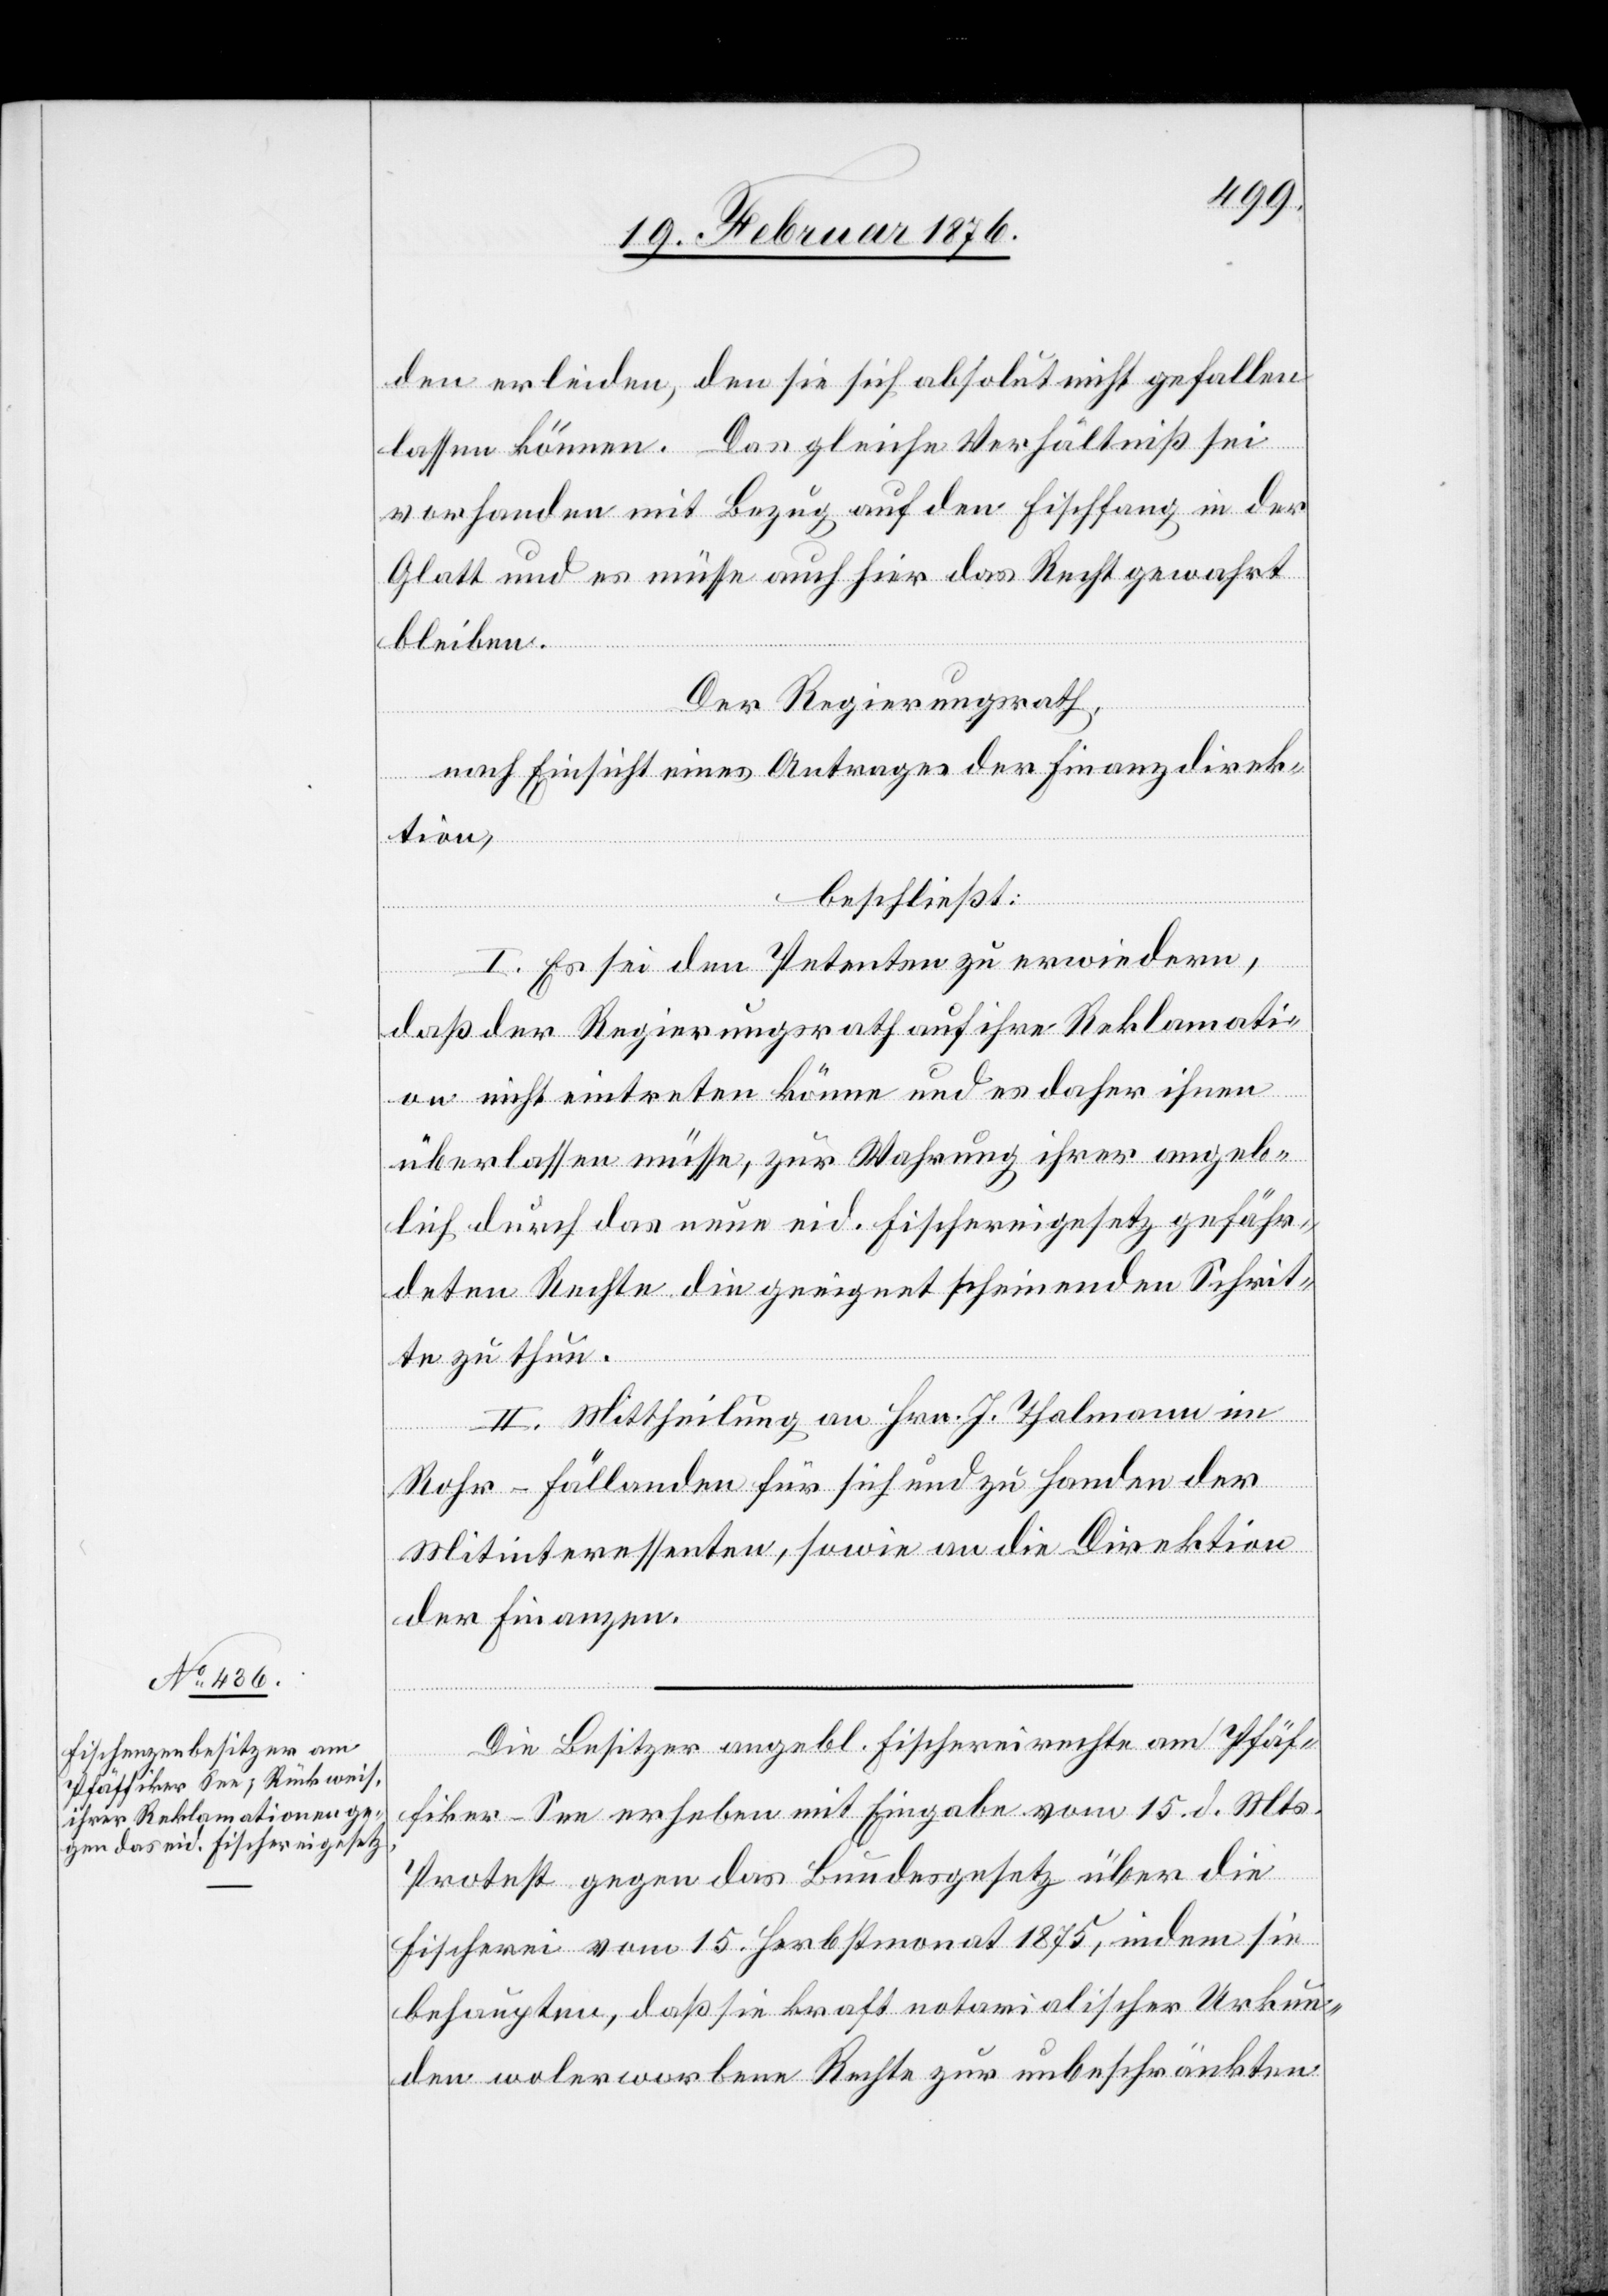
den erleiden, den sie sich absolut nicht gefallen
lassen können. Das gleiche Verhältniß sei
vorhanden mit Bezug auf den Fischfang in der
Glatt und es müsse auch hier das Recht gewahrt
bleiben.
Der Regierungsrath,
nach Einsicht eines Antrages der Finanzdirek¬
tion,
beschließt:
I. Es sei den Petenten zu erwiedern,
daß der Regierungsrath auf ihre Reklamati¬
on nicht eintreten könne und es daher ihnen
überlassen müsse, zur Wahrung ihrer angeb¬
lich durch das neue eid. Fischereigesetz gefähr¬
deten Rechte die geeignet scheinenden Schrit¬
te zu thun.
II. Mittheilung an Hr. J. Thalmann im
Rohr-Fällanden für sich und zu Handen der
Mitinteressenten, sowie an die Direktion
der Finanzen.
Die Besitzer angebl. Fischereirechte am Pfäf¬
fiker-See erheben mit Eingabe vom 15. d. Mts.
Protest gegen das Bundesgesetz über die
Fischerei vom 15. Herbstmonat 1875, indem sie
behaupten, daß sie kraft notarialischer Urkun¬
den wolerworbene Rechte zur unbeschränkten